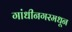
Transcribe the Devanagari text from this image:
गांधीनगरमधून